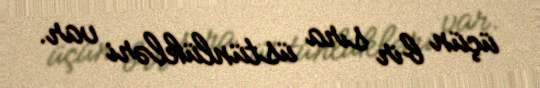
üçün bir sıra üstünlükləri var.